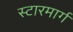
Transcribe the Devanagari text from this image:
स्टारमार्ग